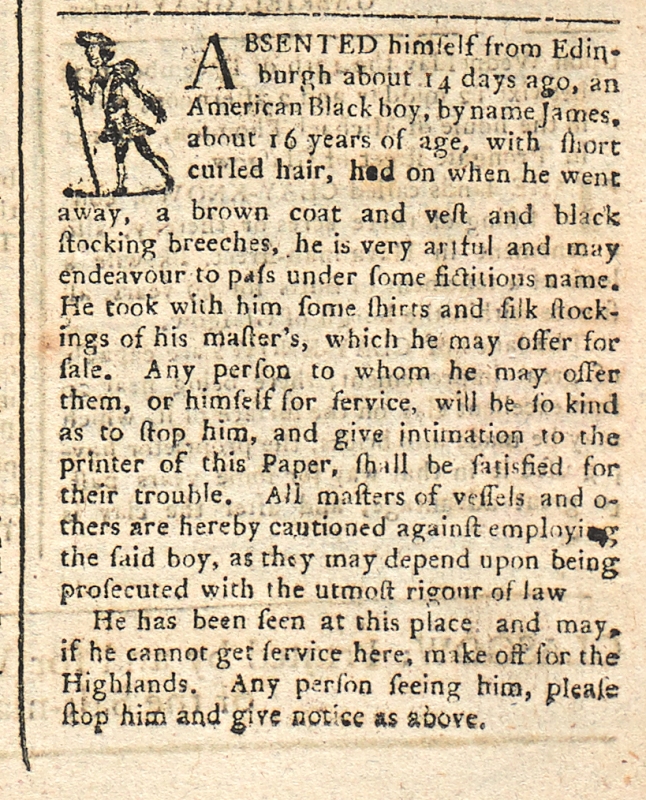
Glasgow Journal, 30 November 1769 (Scotland)
ABSENTED himself from Edinburgh about 14 days ago, an American Black boy, by name James, about 16 years of age, with short curled hair, had on when he went away, a brown coat and vest and black stocking breeches, he is very artful and may endeavour to pass under some fictitious name. He took with him some shirts and silk stockings of his master’s, which he may offer for sale. Any person to whom he may offer them, or himself for service, will be so kind as to stop him, and give intimation to the printer of this Paper, shall be satisfied for their trouble. All masters of vessels and others are hereby cautioned against employing the said boy, as they may depend upon being prosecuted with the utmost rigour of the law   He has been seen at this place and may, if he cannot get service here, make off for the Highlands. Any person seeing him, please stop him and give notice as above.